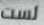
لست